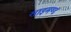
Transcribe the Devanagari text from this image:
साइमण्ड